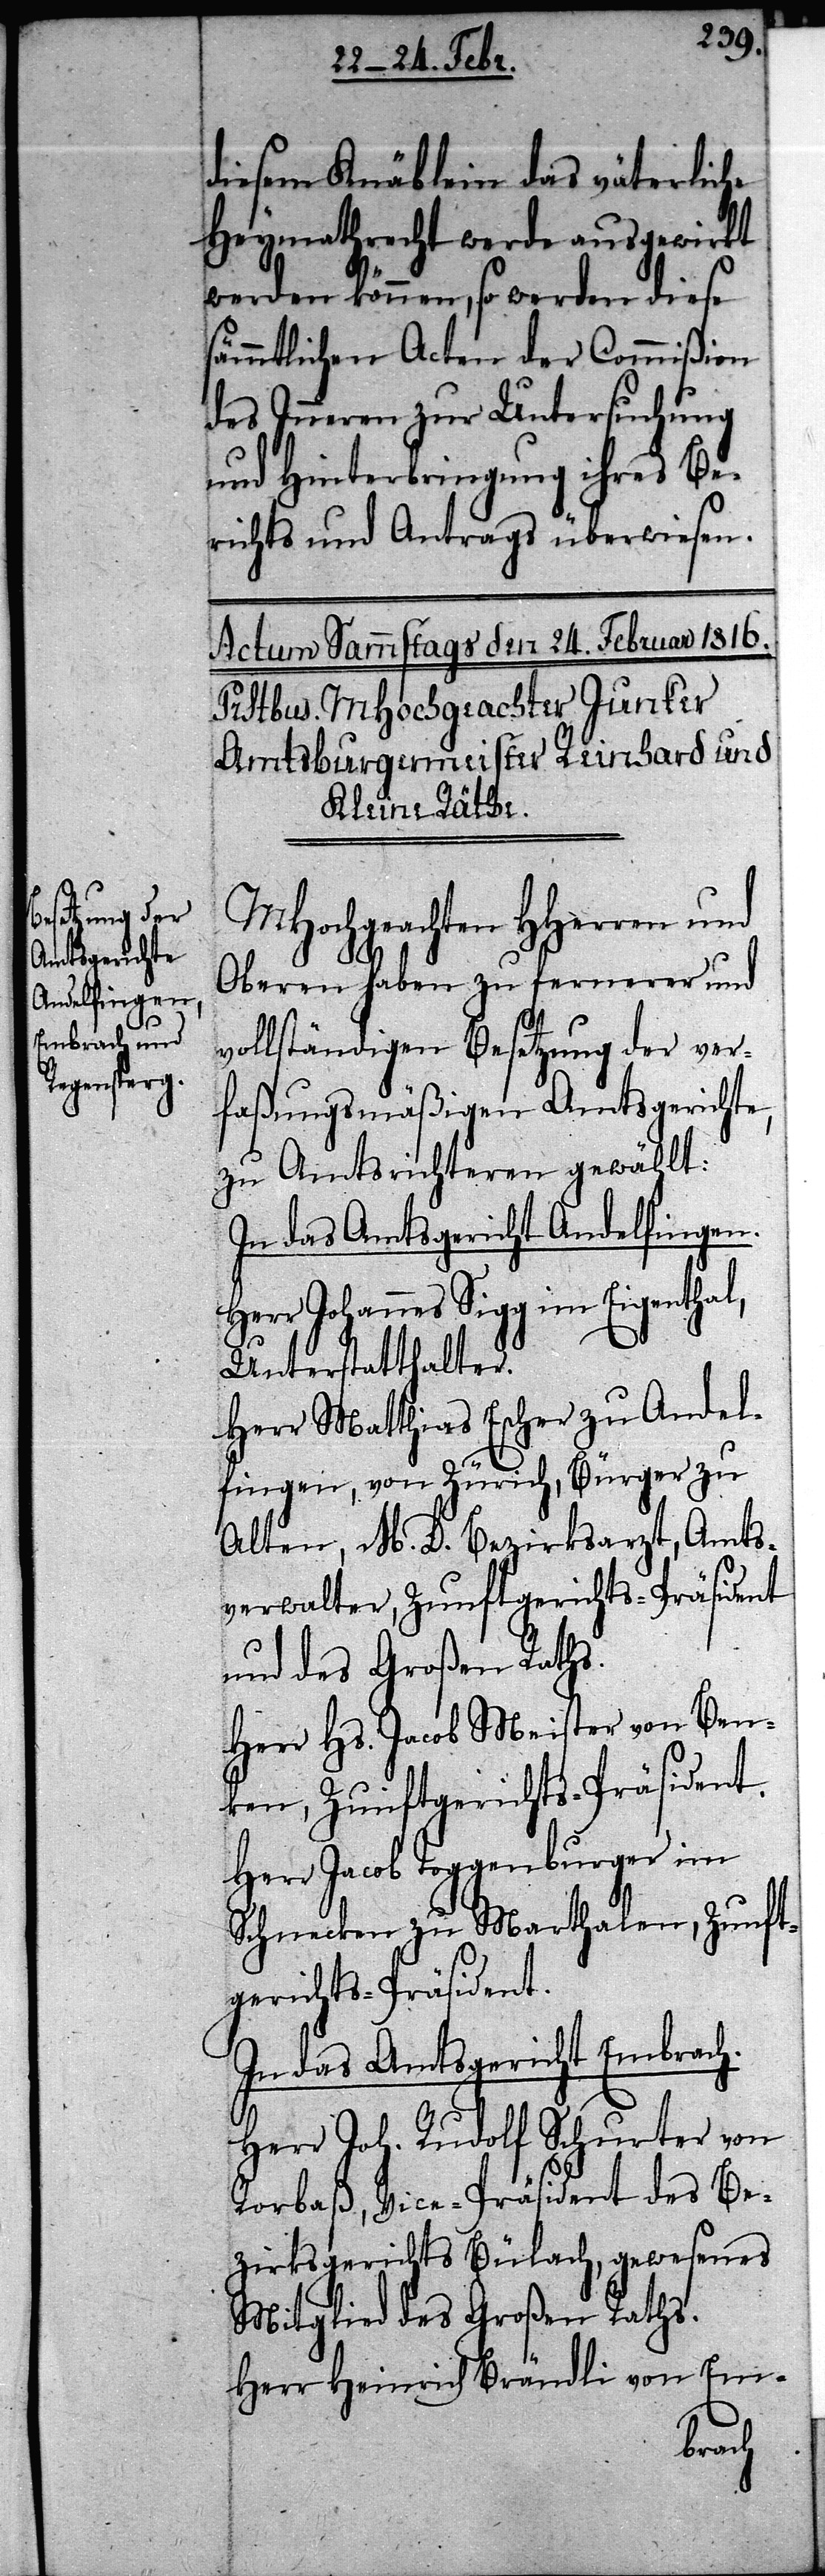
diesem Knäblein das väterliche
Heymathrecht werde ausgewirkt
werden können, so werden diese
sämmtlichen Acten der Commißion
des Inneren zur Untersuchung
und Hinterbringung ihres Be¬
richts und Antrags überwiesen.
MHochgeachten HHerren und
Oberen haben zu fernerer und
vollständigen Besetzung der ver¬
faßungsmäßigen Amtsgerichte,
zu Amtsrichteren gewählt:
In das Amtsgericht Andelfingen.
Herr Johannes Sigg im Eigenthal,
Unterstatthalter.
Herr Matthias Escher zu Andel¬
fingen, von Zürich, Bürger zu
Alten, M. D. Bezirksarzt, Amts¬
verwalter, Zunftgerichts-Präsident
und des Großen Raths.
Herr Hs. Jacob Meister von Ben¬
ken, Zunftgerichts-Präsident.
Herr Jacob Toggenburger im
Schnecken zu Marthalen, Zunft¬
gerichts-Präsident.
In das Amtsgericht Embrach.
Herr Joh. Rudolf Schurter von
Rorbaß, Vice-Präsident des Be¬
zirksgerichts Bülach, gewesenes
Mitglied des Großen Raths.
Herr Heinrich Brändli von Em-